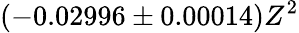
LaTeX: (-0.02996\pm 0.00014)Z^{2}